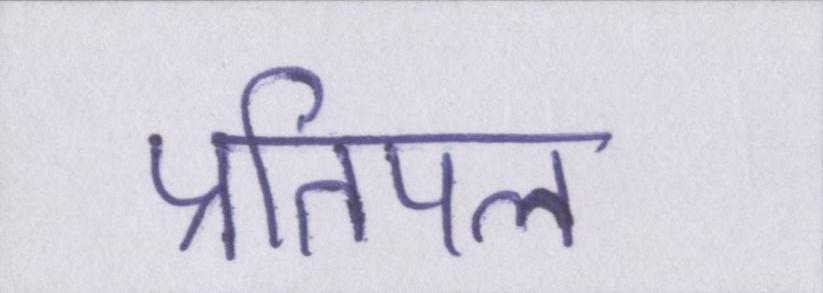
प्रतिपल